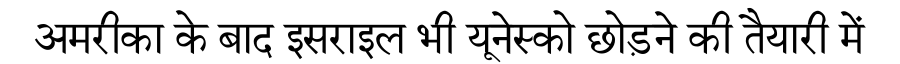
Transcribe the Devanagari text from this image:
अमरीका के बाद इसराइल भी यूनेस्को छोड़ने की तैयारी में